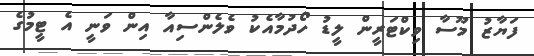
ފަޔާޒު މޫސާ ވިކްޓަރީން ލީޑު ހޯދުމާއެކު ވެލެންސިއާ އިން ވަނީ އެ ޓީމުގެ